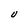
Character: U